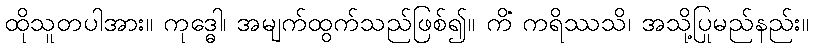
ထိုသူတပါအား။ ကုဒ္ဓေါ၊ အမျက်ထွက်သည်ဖြစ်၍။ ကိံ ကရိဿသိ၊ အသို့ပြုမည်နည်း။